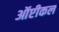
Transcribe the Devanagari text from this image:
ऑप्टीकल